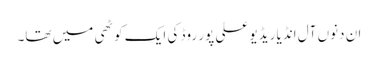
ان دنوں آل انڈیا ریڈیو علی پور روڈ کی ایک کوٹھی میں تھا۔